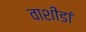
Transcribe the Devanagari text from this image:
वाशींडां